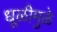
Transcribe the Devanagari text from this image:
धूळीमुळे